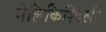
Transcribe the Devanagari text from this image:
मेलिकिश्विली